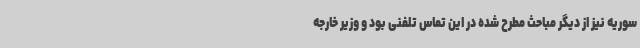
سوریه نیز از دیگر مباحث مطرح شده در این تماس تلفنی بود و وزیر خارجه